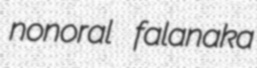
nonoral falanaka